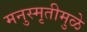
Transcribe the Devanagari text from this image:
मनुस्मृतीमुळे